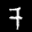
Label: 7